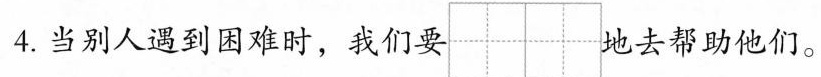
4.当别人遇到困难时，我们要 地去帮助他们。